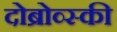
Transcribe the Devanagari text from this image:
दोब्रोव्स्की